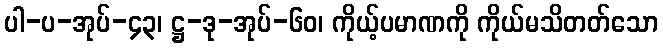
ပါ-ပ-အုပ်-၄၃၊ ဋ္ဌ-ဒု-အုပ်-၆၀၊ ကိုယ့်ပမာဏကို ကိုယ်မသိတတ်သော